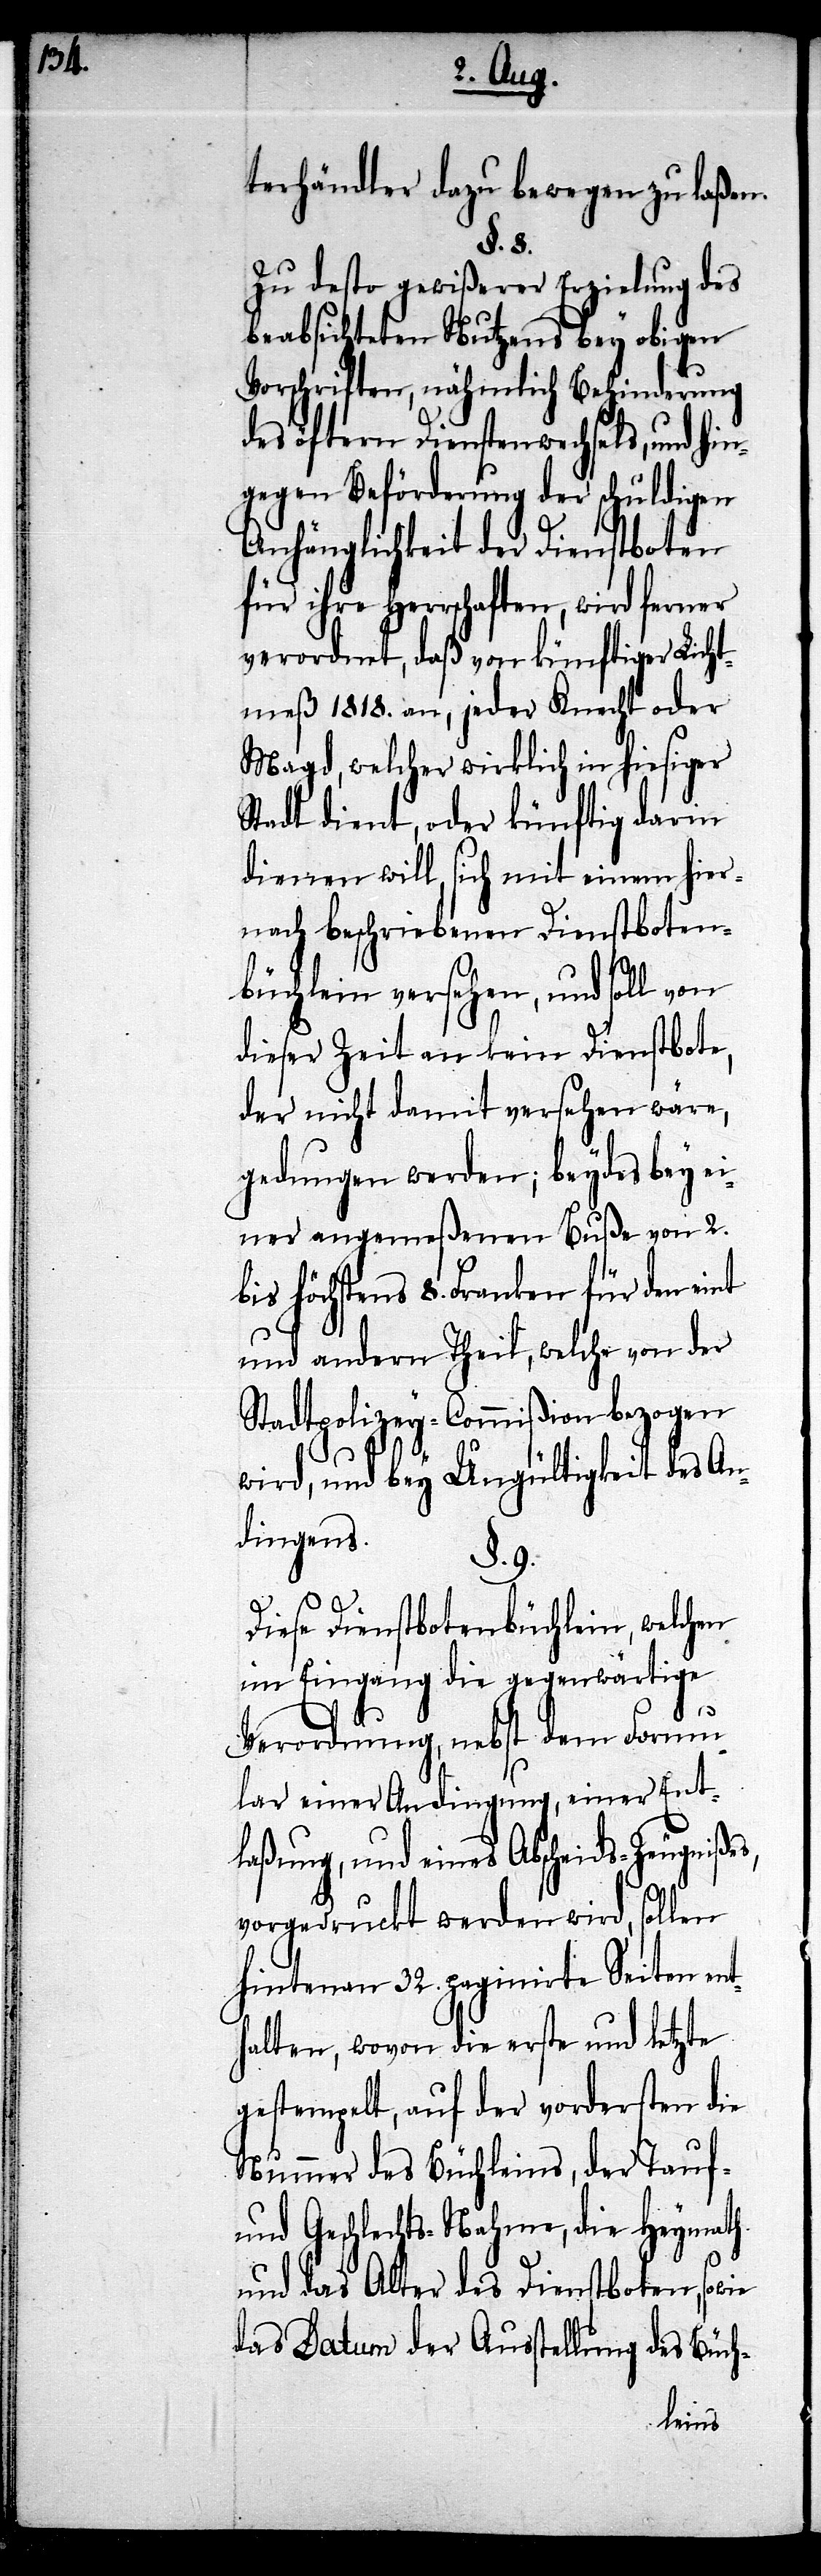
terhändler dazu bewegen zu laßen.
§. 8.
Zu desto gewißerer Erziehung des
beabsichteten Nutzens bey obigen
Vorschriften, nähmlich Behinderung
des öftern Dienstenwechsels, und hin¬
gegen Beförderung der schuldigen
Anhänglichkeit der Dienstboten
für ihre Herrschaften, wird ferner
verordnet, daß von künftiger Licht¬
meß 1818. an, jeder Knecht oder
Magd, welcher wirklich in hiesiger
Stadt dient, oder künftig darin
dienen will, sich mit einem hier¬
nach beschriebenen Dienstboten¬
büchlein versehen, und soll von
dieser Zeit an kein Dienstbote,
der nicht damit versehen wäre,
gedungen werden; beydes bey ei¬
ner angemeßenen Buße von 2.
bis höchstens 8. Frk[en]. für den eint
und andern Theil, welche von der
Stadtpolizey-Commißion bezogen
wird, und bey Ungültigkeit des An¬
dingens.
§. 9.
Diese Dienstbotenbüchlein, welchen
im Eingang die gegenwärtige
Verordnung, nebst dem Formu¬
lar einer Andingung, einer Ent¬
laßung, und eines Abscheids-Zeugni¬
vorgedruckt werden wird, sollen
hintenan 32. paginirte Seiten ent¬
halten, wovon die erste und letzte
gestempelt, auf der vordersten die
Nummer des Büchleins, der Tauf-
und Geschlechts-Nahme, die Heymath
und das Alter des Dienstboten, sowie
das Datum der Ausstellung des Büch-
ßes,